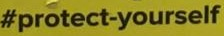
protect-yourself